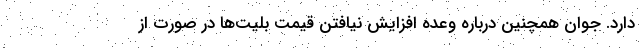
دارد. جوان همچنین درباره وعده افزایش نیافتن قیمت بلیت‌ها در صورت از